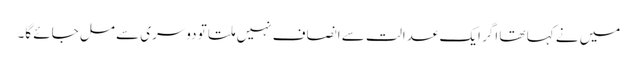
میں نے کہا تھا اگر ایک عدالت سے انصاف نہیں ملتا تو دوسری سے مل جائے گا۔